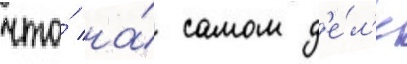
что́ на́ самом д'е́л'е